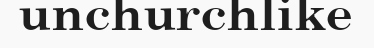
unchurchlike